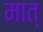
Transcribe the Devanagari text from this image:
मात्